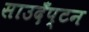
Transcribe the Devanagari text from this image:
साउदँप्टन